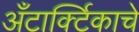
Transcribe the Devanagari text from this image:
अँटार्क्टिकाचे